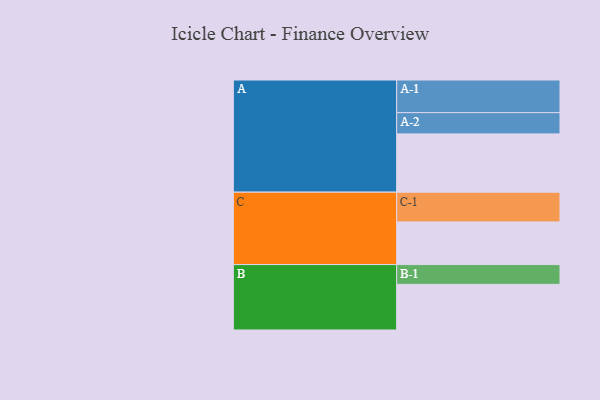
{"axis": {"x": "Segment", "y": "Value"}, "legend": ["", "A", "B", "C"], "data": [{"x": "A", "y": 425, "type": ""}, {"x": "B", "y": 333, "type": ""}, {"x": "C", "y": 311, "type": ""}, {"x": "A-1", "y": 238, "type": "A"}, {"x": "A-2", "y": 155, "type": "A"}, {"x": "B-1", "y": 144, "type": "B"}, {"x": "C-1", "y": 217, "type": "C"}]}